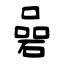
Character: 碞